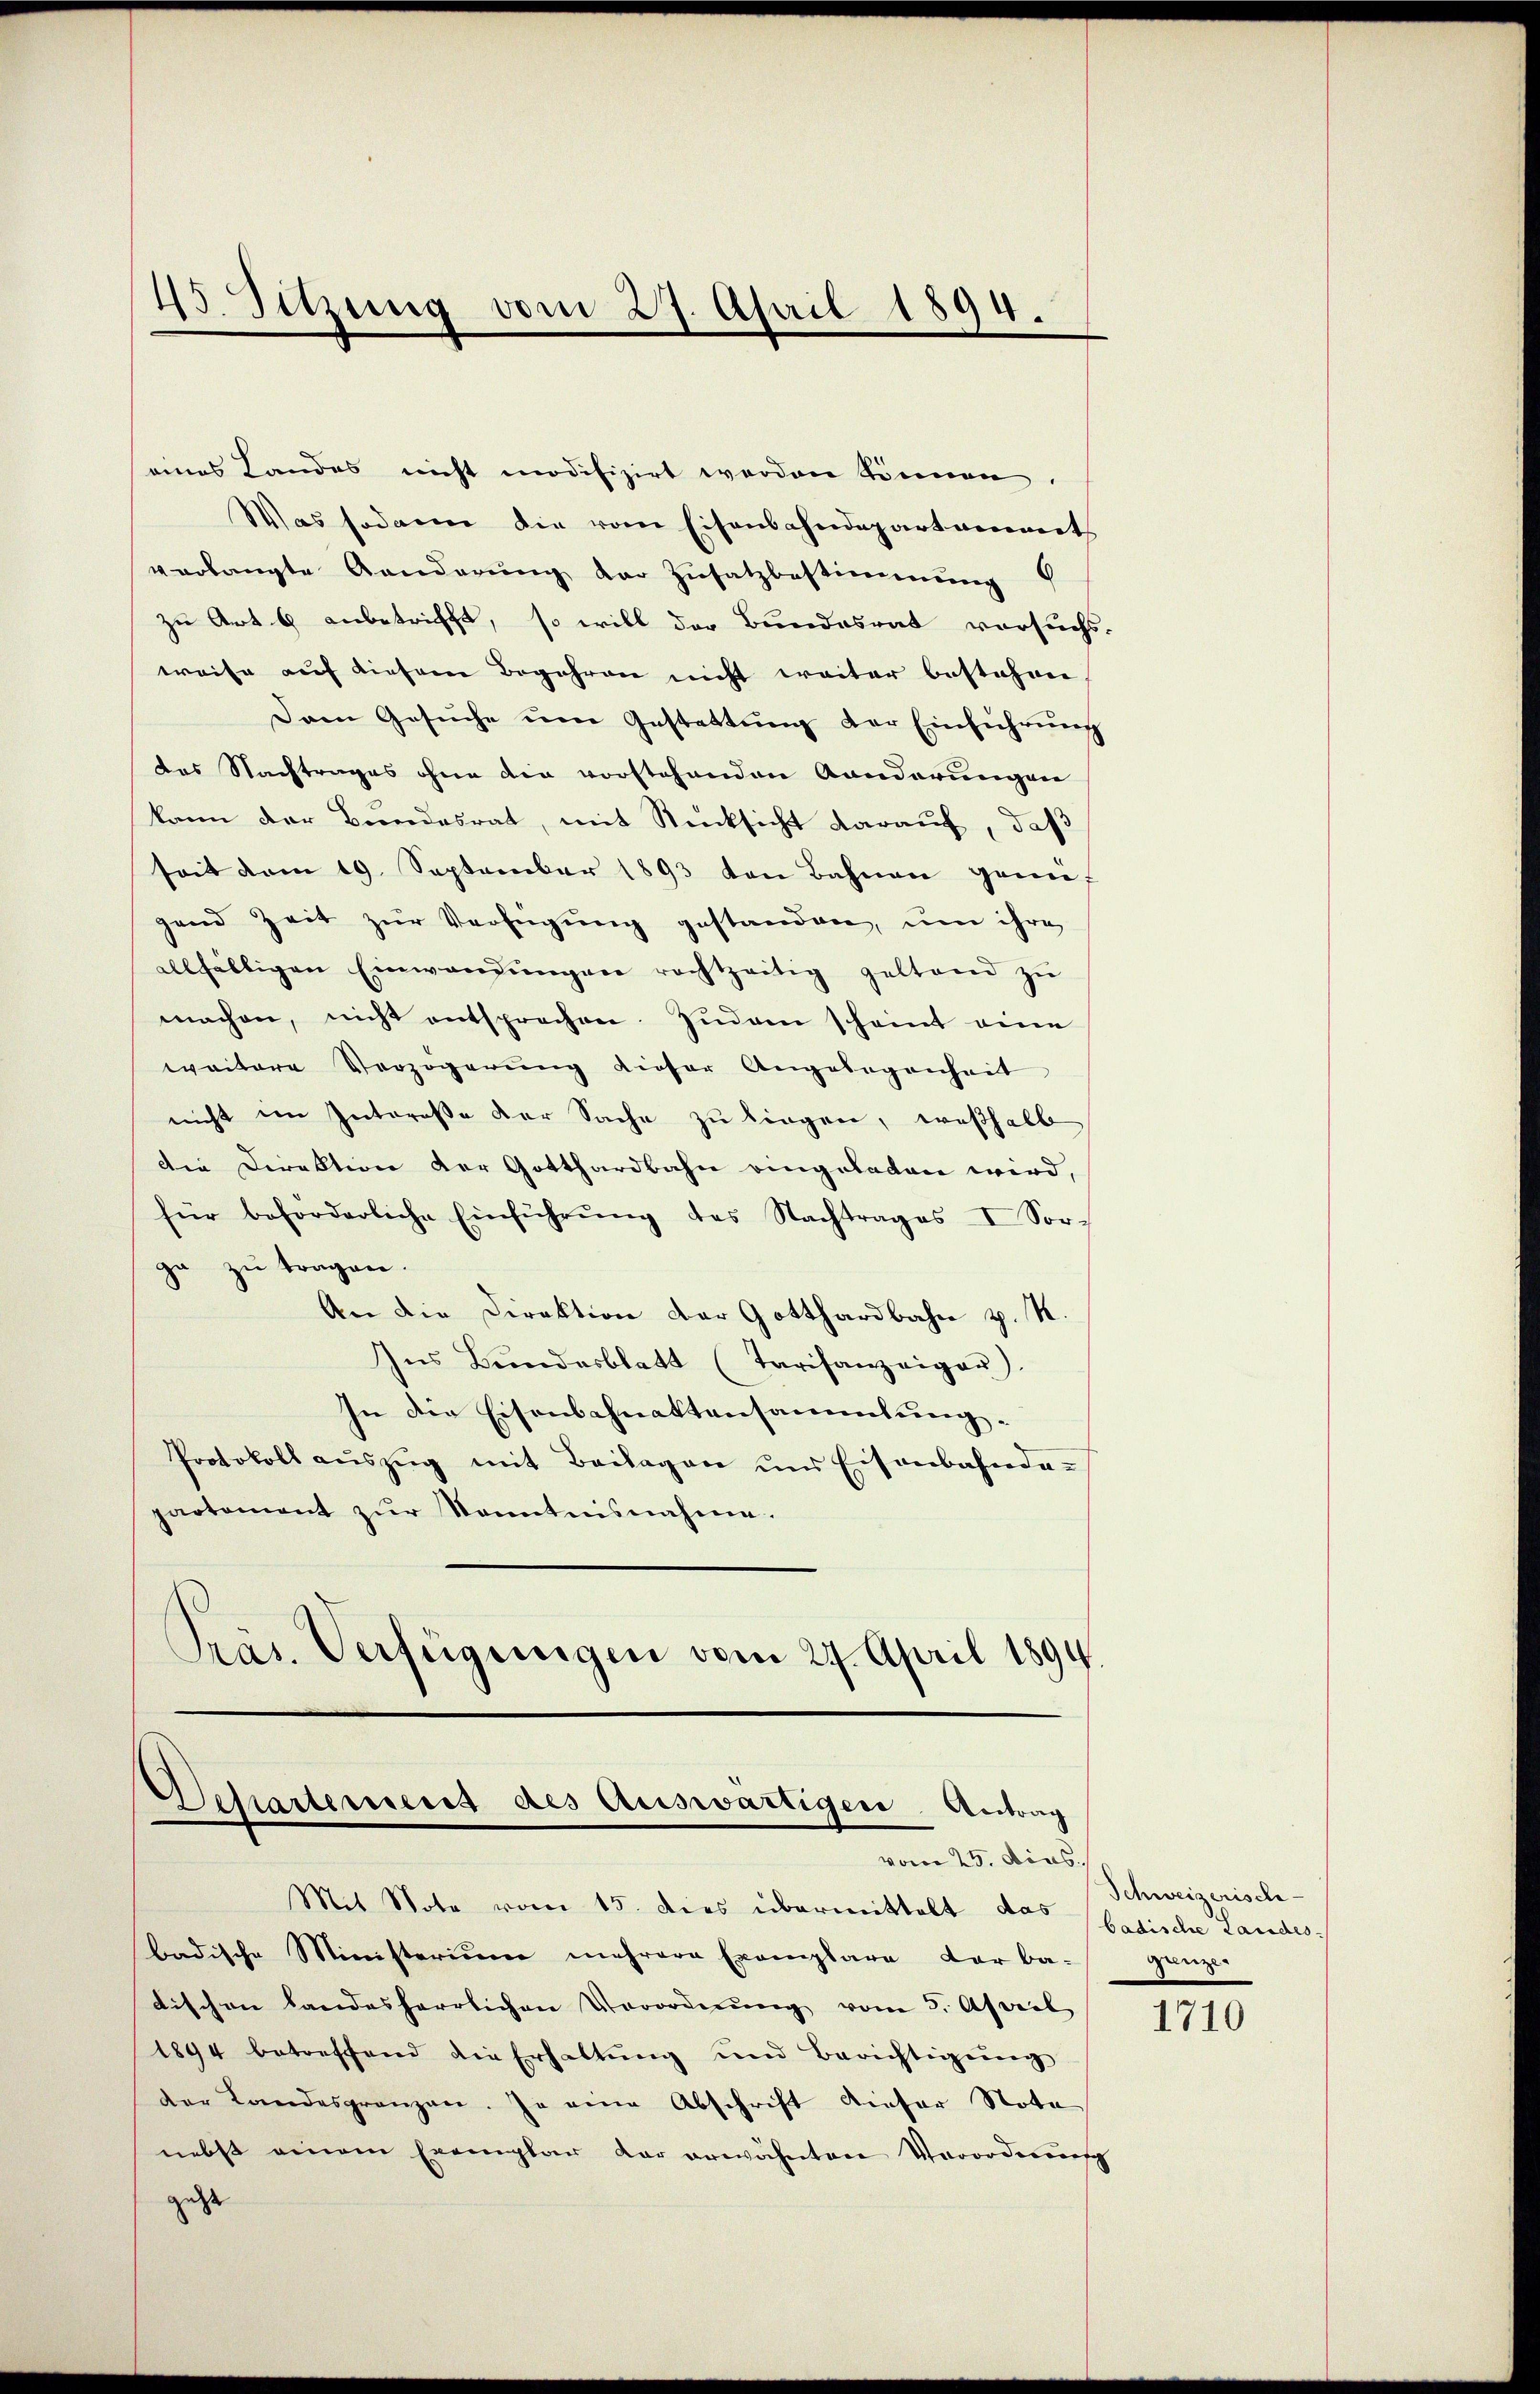
45. Sitzung vom 27. April 1894.

eines Landes nicht modifizirt werden können.
Was sodann die vom Eisenbahndepartament
verlangte Aenderŭng der Zŭsatzbestimmung
zu Art. 6 anbetrifft, so will der Bundesrat versuchs.
weise auf diesem Begehren nicht weiter bestehen
Dem Gesuche um Gestattung der Einführung
des Nachtrages ohne die vorstehenden Kanderungen
kann der Bundesrat, mit Rücksicht darauf, daß
seit dem 19. September 1893 von Bahnen gemeigend Zeit zur Verfügung gestanden, um ihre
allfälligen Einwandŭngen rechtzeitig geltend zŭ
machen, nicht entsprechen. Zudem scheint eine
weitere Verzögerung dieser Angelegenheit
nicht im Intereße der Sache zu liegen, weßhalb
Die Direktion der Gotthardbahn eingeladen wird,
für beförderliche Einführŭng des Nachtrages I Vor-
ga zu tragen.
An die Direktion der Gotthardbahn v. M.
Ins Bŭndesblatt (Tarifanzeiger.
In die Eisenbahnaktensammlung.
Protokoll auszug mit Beilagen und Eisenbahnda-
partament zŭr Kenntnisnahme.
Präs. Verfügungen vom 27. April 1894.

Departement des Auswärtigen Antrag
vom 25. dies

Mit Note vom 15. dies übermittelt das badische Landes-
badische Ministerium mehrere Exemplare der ba-
tischen Landesherrlichen Verordnŭng vom 5. April
1894 betreffend die Erhaltŭng und Berichtigŭng
der Landesgränzen. In eine Abschrift dieser Nota
nebst einem Exemplar dar erwähnten Verordnung
gehe

Schweizerische
ganze

1710